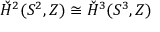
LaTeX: \check { H } ^ { 2 } ( S ^ { 2 } , Z ) \cong \check { H } ^ { 3 } ( S ^ { 3 } , Z )